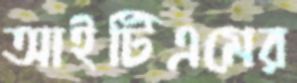
আইটিএমের